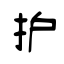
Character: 护